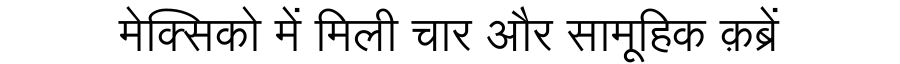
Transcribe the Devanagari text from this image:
मेक्सिको में मिली चार और सामूहिक क़ब्रें